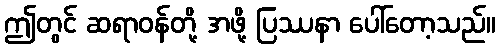
ဤတွင် ဆရာဝန်တို့ အဖို့ ပြဿနာ ပေါ်တော့သည်။